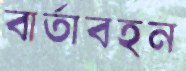
বার্তাবহন